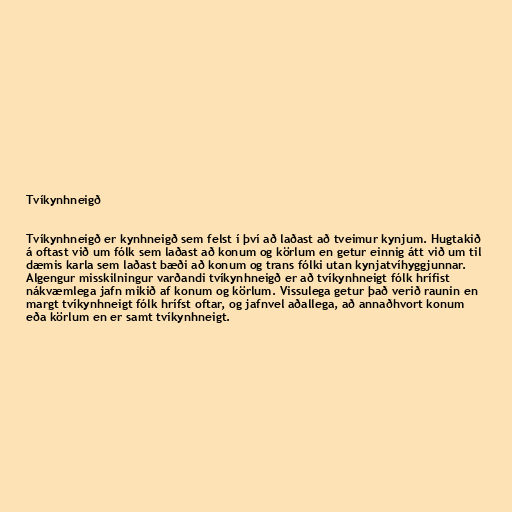
Tvíkynhneigð

Tvíkynhneigð er kynhneigð sem felst í því að laðast að tveimur kynjum. Hugtakið
á oftast við um fólk sem laðast að konum og körlum en getur einnig átt við um til
dæmis karla sem laðast bæði að konum og trans fólki utan kynjatvíhyggjunnar.
Algengur misskilningur varðandi tvíkynhneigð er að tvíkynhneigt fólk hrífist
nákvæmlega jafn mikið af konum og körlum. Vissulega getur það verið raunin en
margt tvíkynhneigt fólk hrífst oftar, og jafnvel aðallega, að annaðhvort konum
eða körlum en er samt tvíkynhneigt.